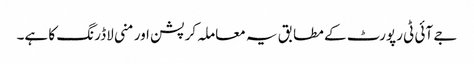
جے آئی ٹی رپورٹ کے مطابق یہ معاملہ کرپشن اور منی لاڈرنگ کا ہے۔